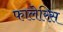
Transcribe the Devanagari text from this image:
फालेरिस